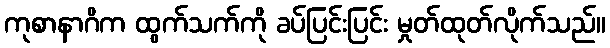
ကုစာနာဂိက ထွက်သက်ကို ခပ်ပြင်းပြင်း မှုတ်ထုတ်လိုက်သည်။